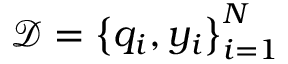
\mathcal { D } = \left\{ q _ { i } , y _ { i } \right\} _ { i = 1 } ^ { N }